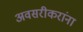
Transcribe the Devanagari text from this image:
अवसरीकरांना